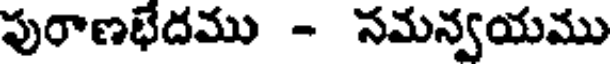
పురాణభేదము - సమన్వయము